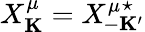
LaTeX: X_{\mathbf K}^{\mu}={X^{\mu}}_{\! \! \! \! -{\mathbf K}^{\prime}}^{\star}